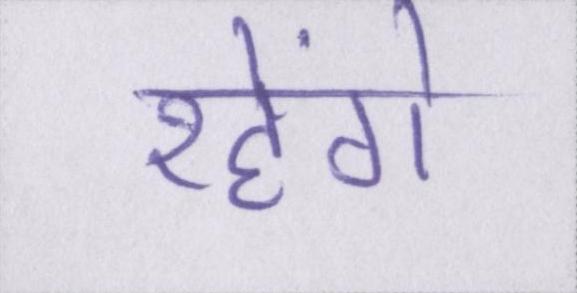
रहेंगे